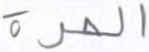
الحرة